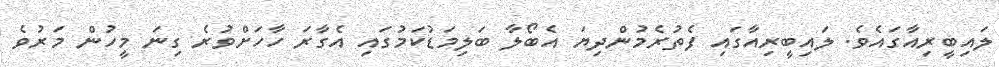
ލައިބީރިއާގައެވެ. ލައިބީރިއާގައި ފެތުރެމުންދިޔަ އެބޯލާ ބަލިމަޑުކަމުގައި އެގާރަ ހާހަށްވުރެ ގިނަ މީހުން މަރުވެ